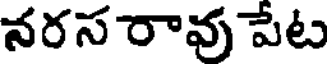
నరస రావు పేట